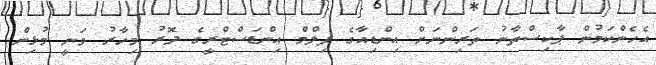
އެހެންކަމުން ޕާކިސްތާނު ތަރިންނަށް އިންޑިއާގެ ފިލްމް އިންޑަސްޓްރީގެ ދޮރު މިހާރު ވަނީ މުޅިން